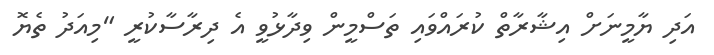
އަދި ޔާމީނަށް އިޝާރާތް ކުރައްވައި ތަސްމީން ވިދާޅުވީ އެ ދިރާސާކުރީ "މިއަދު ތެޔޮ